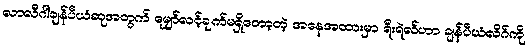
လာလီဂါချန်ပီယံဆုအတွက် မျှော်လင့်ချက်မရှိတော့တဲ့ အနေအထားမှာ ရီးရဲလ်ဟာ ချန်ပီယံလိဂ်ကို